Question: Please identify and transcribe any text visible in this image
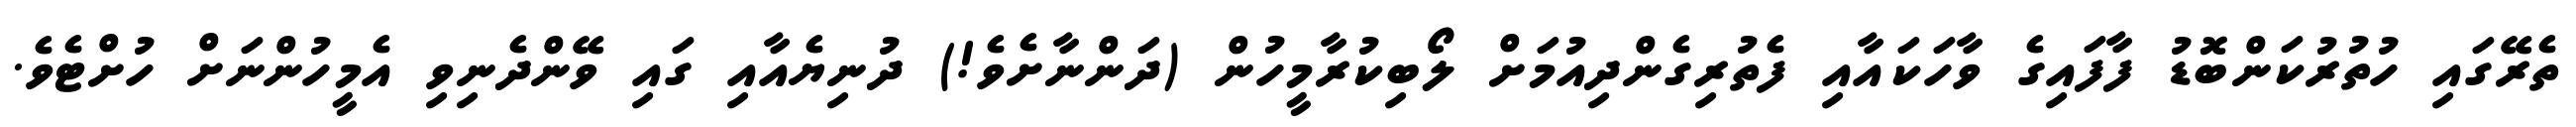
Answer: ތެރޭގައި ހުތުރުކަންބޮޑު ފާފައިގެ ވާހަކައާއި ފެތުރިގެންދިއުމަށް ލޯބިކުރާމީހުން (ދަންނާށެވެ!) ދުނިޔެއާއި ގައި ވޭންދެނިވި އެމީހުންނަށް ހުށްޓެވެ.